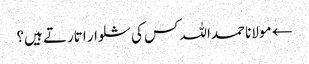
← مولانا حمداللہ کس کی شلوار اتارتے ہیں؟